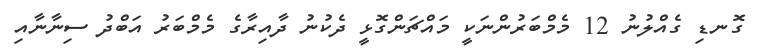
ގޮނޑި ގެއްލުނު 12 މެމްބަރުންނަކީ މައްޗަންގޮޅީ ދެކުނު ދާއިރާގެ މެމްބަރު އަބްދު ސިނާނާއި